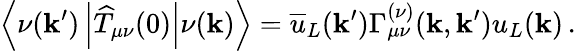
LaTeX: \left<\nu(\mathbf{k}^{\prime})\left|\widehat{T}_{\mu\nu}(0)\right|\nu(\mathbf{k})\right>=\overline{{{u}}}_{L}(\mathbf{k}^{\prime})\Gamma_{\mu\nu}^{(\nu)}(\mathbf{k},\mathbf{k}^{\prime})u_{L}(\mathbf{k})\, .